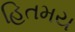
હિતમય